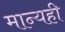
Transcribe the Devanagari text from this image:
मान्यही